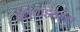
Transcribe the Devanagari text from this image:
देशपांड्यांना